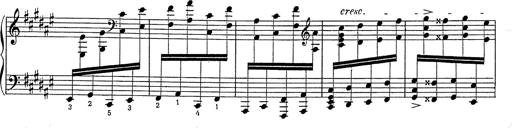
Title: Hungarian Rhapsody No.2
Composer: Franz Liszt
Key: C-sharp minor